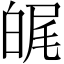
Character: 𤽶